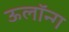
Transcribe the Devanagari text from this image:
ऊलॉन्ग